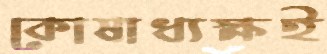
কোষাধ্যক্ষই